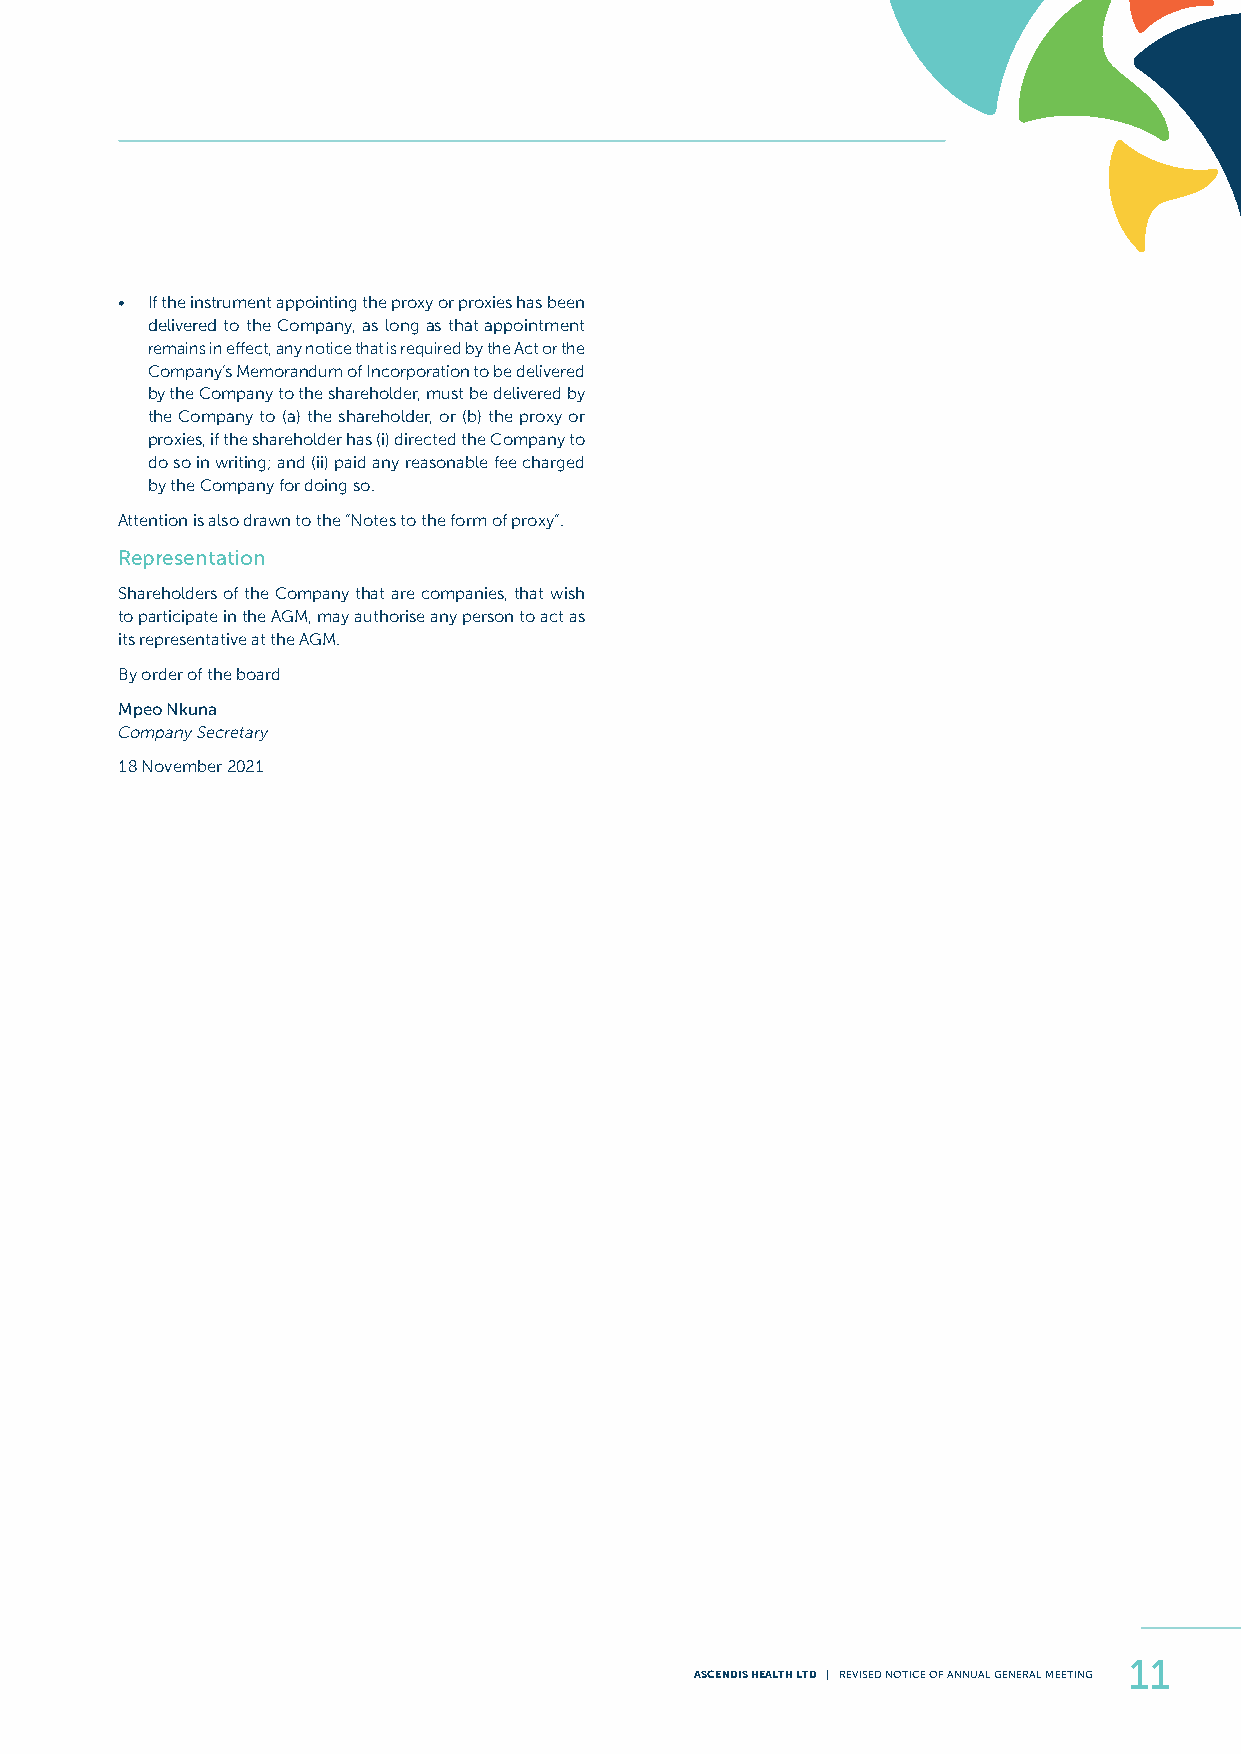
• If the instrument appointing the proxy or proxies has been
 delivered to the Company, as long as that appointment
 remains in effect, any notice that is required by the Act or the
 Company’s Memorandum of Incorporation to be delivered
 by the Company to the shareholder, must be delivered by
 the Company to (a) the shareholder, or (b) the proxy or
 proxies, if the shareholder has (i) directed the Company to
 do so in writing; and (ii) paid any reasonable fee charged
 by the Company for doing so.
 Attention is also drawn to the “Notes to the form of proxy”.
 Representation
 Shareholders of the Company that are companies, that wish
 to participate in the AGM, may authorise any person to act as
 its representative at the AGM.
 By order of the board
 Mpeo Nkuna
 Company Secretary
 18 November 2021
 11
 ASCENDIS HEALTH LTD | REVISED NOTICE OF ANNUAL GENERAL MEETING